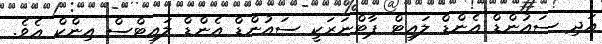
އަދި ސައުންޑް އެންޑް ލައިޓް ޕާޓްނަރަކީ ސައުންޑް އެންޑް ލައިޓްސް އިންކް އެވެ.